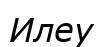
Илеу